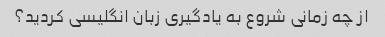
از چه زمانی شروع به یادگیری زبان انگلیسی کردید؟